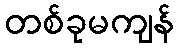
တစ်ခုမကျန်